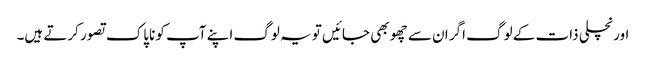
اور نچلی ذات کے لوگ اگر ان سے چھو بھی جائیں تو یہ لوگ اپنے آپ کو ناپاک تصور کرتے ہیں۔